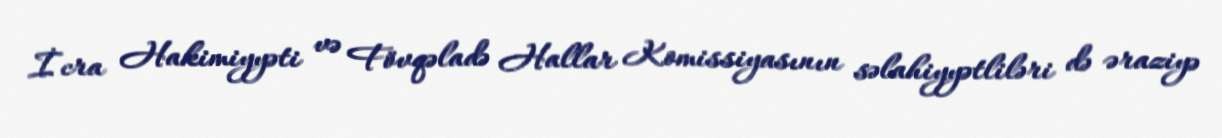
İcra Hakimiyyəti və Fövqəladə Hallar Komissiyasının səlahiyyətliləri də əraziyə